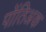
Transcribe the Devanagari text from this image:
पोंतिअक